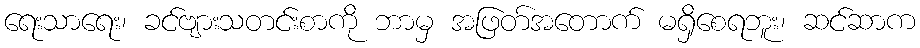
ရေးသာရေး၊ ခင်ဗျားသတင်းစာကို ဘာမှ အဖြတ်အတောက် မရှိစေရဘူး၊ ဆင်ဆာက